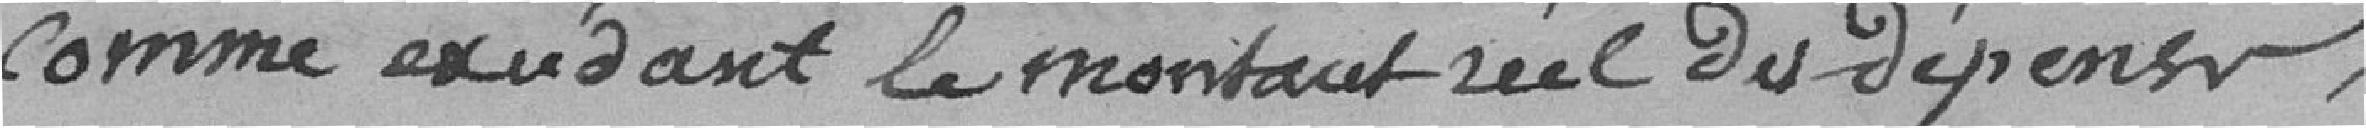
comme excédant le montant réel des dépenses